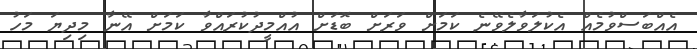
އެއްބަސްވުމެއް އެކުލަވާލެވޭނެ ކަމަށް ވަރަށް ބޮޑަށް އުއްމީދުކުރައްވާ ކަމަށް އޭނާ މިދިޔަ މަހު